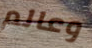
وعالم